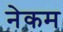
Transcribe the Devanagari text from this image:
नेकम